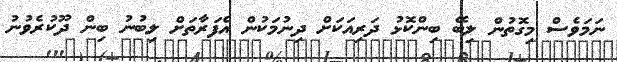
ނަމަވެސް މިގޮތުން ލިބޭ ބިންކޮޅު ދަރިއަކަށް ދިނުމަކުން އެފަރާތަށް ލިބުނު ބިން ދޫކުރެވުނު